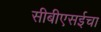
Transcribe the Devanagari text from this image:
सीबीएसईचा